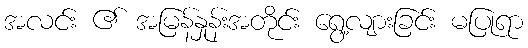
အလင်း ၏ အမြန်နှုန်းအတိုင်း ရွေ့လျားခြင်း မပြုရာ